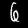
Label: 6